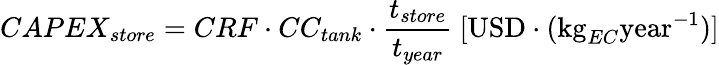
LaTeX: CAPEX_{store}=CRF\cdot CC_{tank}\cdot\frac{t_{store}}{t_{year}}\ [\mathrm{USD}\cdot(\mathrm{kg}_{EC}\mathrm{year}^{-1})]